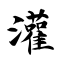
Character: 灌